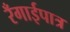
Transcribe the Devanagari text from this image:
रँगाईपात्र